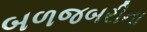
બળજબરીના